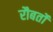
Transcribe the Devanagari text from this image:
रौबर्तो